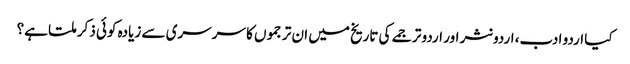
کیا اردو ادب، اردو نثر اور اردو ترجمے کی تاریخ میں ان ترجموں کا سرسری سے زیادہ کوئی ذکر ملتا ہے؟